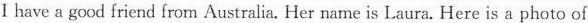
I have a good friend from Australia. Her name is Laura. Here is a photo of